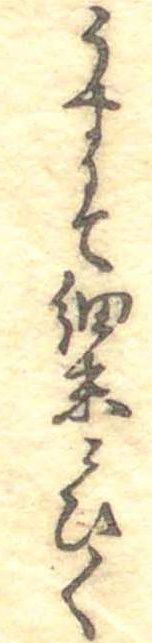
うすにて細末にひく